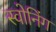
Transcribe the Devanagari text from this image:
स्वोनिंग